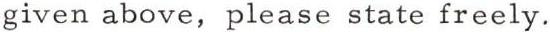
given above, please state freely.